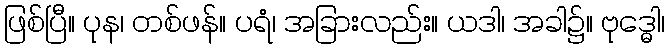
ဖြစ်ပြီ။ ပုန၊ တစ်ဖန်။ ပရံ၊ အခြားလည်း။ ယဒါ၊ အခါ၌။ ဗုဒ္ဓေါ၊